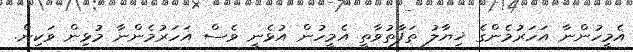
އެމީހުންނާ އަހަރުމެންގެ ޚިޔާލު ތަފާތުވާތީ އެމީހުން އުޅެނީ ވެސް އަހަރުމެންނާ މުޅިން ވަކިން.